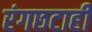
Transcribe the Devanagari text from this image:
रंगछटाही